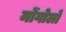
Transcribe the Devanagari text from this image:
मोंगोलों